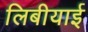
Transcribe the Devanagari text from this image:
लिबीयाई